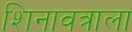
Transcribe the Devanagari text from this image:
शिनावत्राला